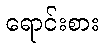
ရောင်းစား